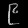
Digit: ၉